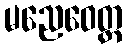
မညေဝေတ္ထ